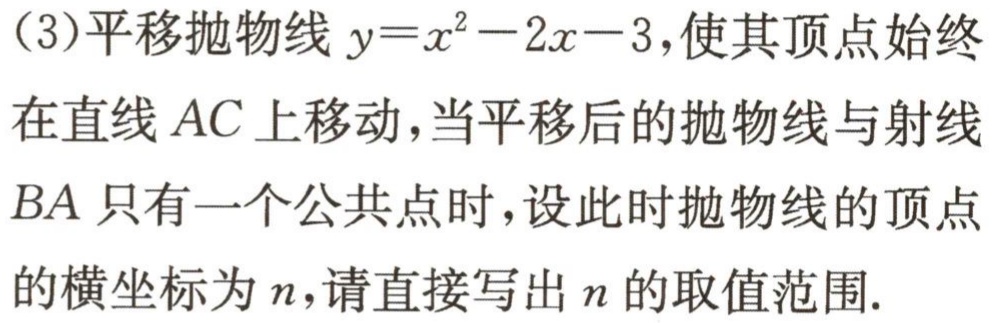
(3)平移抛物线 \(y = x^{2}-2x - 3\)，使其顶点始终在直线 \(AC\)上移动，当平移后的抛物线与射线 \(BA\)只有一个公共点时，设此时抛物线的顶点的横坐标为 \(n\)，请直接写出 \(n\)的取值范围.